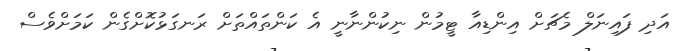
އަދި ފައިނަލް މެޗަށް އިންޑިއާ ޓީމުން ނިކުންނާނީ އެ ކަންތައްތަށް ރަނގަޅުކޮށްގެން ކަމަށްވެސް